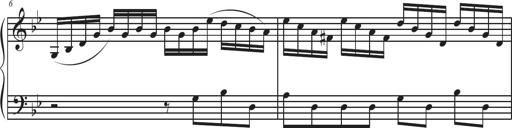
Title: Sonatina Espania
Composer: Jerald Franklin Archer
Key: Various